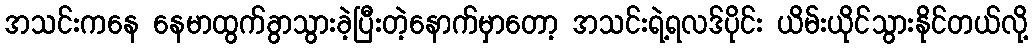
အသင်းကနေ နေမာထွက်ခွာသွားခဲ့ပြီးတဲ့နောက်မှာတော့ အသင်းရဲ့ရလဒ်ပိုင်း ယိမ်းယိုင်သွားနိုင်တယ်လို့